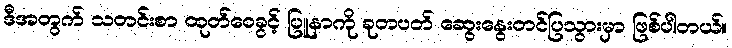
ဒီအတွက် သတင်းစာ ထုတ်ဝေခွင့် ပြူနာကို ခုတပတ် ဆွေးနွေးတင်ပြသွားမှာ ဖြစ်ပါတယ်။